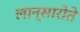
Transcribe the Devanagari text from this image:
लान्सारोते